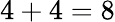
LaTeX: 4+4=8